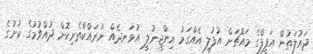
ދައުލަތުން އަފީފްގެ މައްޗަށް އުފުލީ އެއްގަމު އިންޖީނުލީ އުޅަނދެއް ނުރައްކާތެރިކޮށް ދުއްވުމުގެ ކުށުގެ